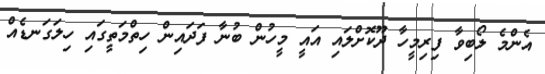
އެންމެ ލޯބިވާ ފިރިމީހާ ދޫކޮށްލައި އައީ މީހުން ބުނާ ފަދައިން ހިތްމަތީގައި ހިލަގަނޑެއް